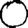
Digit: 0